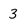
Character: 3